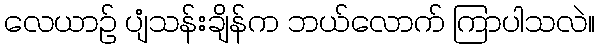
လေယာဉ် ပျံသန်းချိန်က ဘယ်လောက် ကြာပါသလဲ။